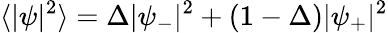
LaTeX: \langle|\psi|^{2}\rangle=\Delta|\psi_{-}|^{2}+(1-\Delta)|\psi_{+}|^{2}